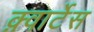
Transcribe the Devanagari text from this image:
क़्वार्टेस